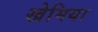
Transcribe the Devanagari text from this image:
खेमिया